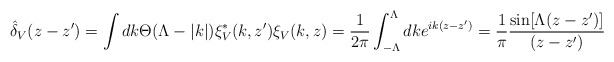
\begin{align*}\hat{\delta }_{V}(z-z')=\int dk\Theta (\Lambda -|k|)\xi ^{*}_{V}(k,z')\xi _{V}(k,z)=\frac{1}{2\pi }\int _{-\Lambda }^{\Lambda }dke^{ik(z-z')}=\frac{1}{\pi }\frac{\sin [\Lambda (z-z')]}{(z-z')}\end{align*}